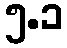
၅.၁